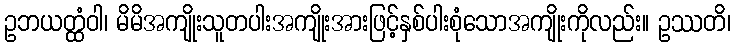
ဥဘယတ္ထံဝါ၊ မိမိအကျိုးသူတပါးအကျိုးအားဖြင့်နှစ်ပါးစုံသောအကျိုးကိုလည်း။ ဥဿတိ၊